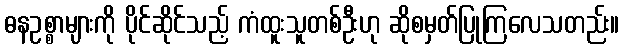
ဓနဥစ္စာများကို ပိုင်ဆိုင်သည့် ကံထူးသူတစ်ဦးဟု ဆိုစမှတ်ပြုကြလေသတည်း။